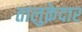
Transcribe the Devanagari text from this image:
तालुक़ेदार